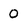
Character: O